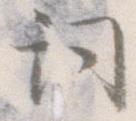
詞